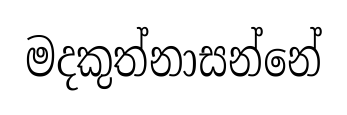
මදකුත්නාසන්නේ